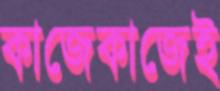
কাজেকাজেই